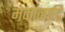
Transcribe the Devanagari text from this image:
मकानादि